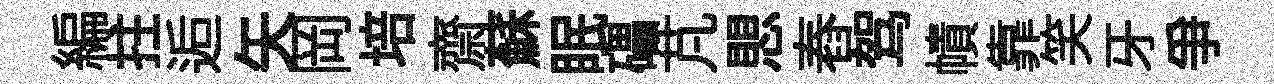
編拄逅矢岡培齋蘇眠礧芃愳舂驾幘靠笑牙爭